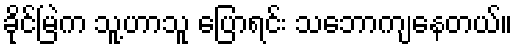
ခိုင်မြဲက သူ့ဟာသူ ပြောရင်း သဘောကျနေတယ်။